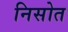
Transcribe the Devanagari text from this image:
निसोत